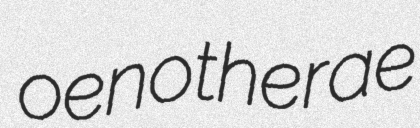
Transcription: oenotherae